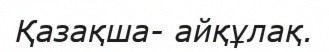
Қазақша- айқұлақ.